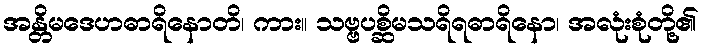
အန္တိမဒေဟဓာရိနောတိ၊ ကား။ သဗ္ဗပစ္ဆိမသရိရဓာရိနော၊ အလုံးစုံတို့၏